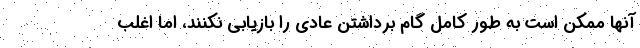
آنها ممکن است به طور کامل گام برداشتن عادی را بازیابی نکنند، اما اغلب